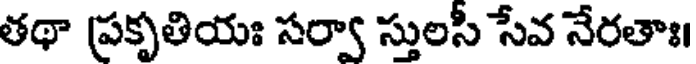
తథా ప్రకృతియః సర్వా స్తులసీ సేవ నేరతాః।